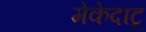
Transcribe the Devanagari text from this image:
मेकेदाटू